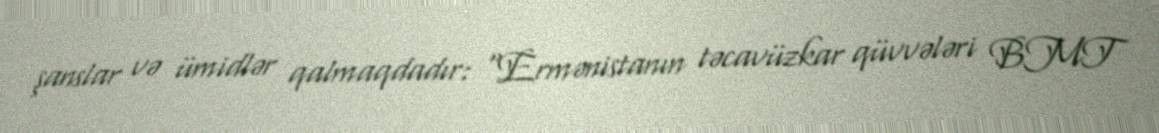
şanslar və ümidlər qalmaqdadır: “Ermənistanın təcavüzkar qüvvələri BMT